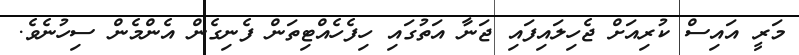
މަރީ އައިސް ކުރިއަށް ޖެހިލައިފައި ޖަނާ އަތުގައި ހިފެހެއްޓިތަން ފެނިގެން އެންމެން ސިހުނެވެ.